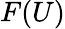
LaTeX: F(U)